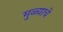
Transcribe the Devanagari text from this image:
मुळ्याचे